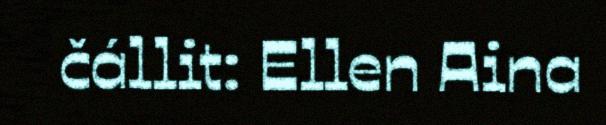
čállit: Ellen Aina